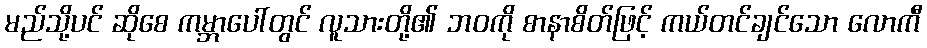
မည်သို့ပင် ဆိုစေ ကမ္ဘာပေါ်တွင် လူသားတို့၏ ဘဝကို စာနာစိတ်ဖြင့် ကယ်တင်ချင်သော လောကီ